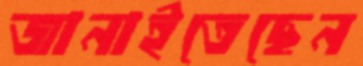
জানাইতেছেন